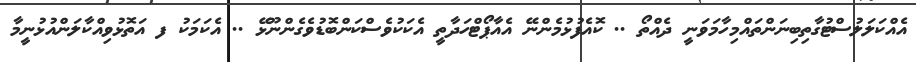
އެއްކަލަލުސްޓުގާތިބިނަންތައްމިހާމަވަނީ ދެއްތޯ .. ކޮއެފުޅުމެންނޭ އެއާޕޯޓްހަދާތީ އެކަކުވެސްކަންބޮޑުވެގެންނޫޅޭ .. އެކަމަކު ފ އަތޮޅުވިއްކާލަންއުޅުނީމާ